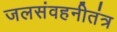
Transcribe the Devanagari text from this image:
जलसंवहनीतंत्र